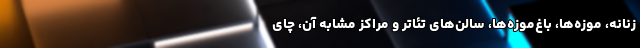
زنانه، موزه‌ها، باغ‌موزه‌ها، سالن‌های تئاتر و مراکز مشابه آن، چای